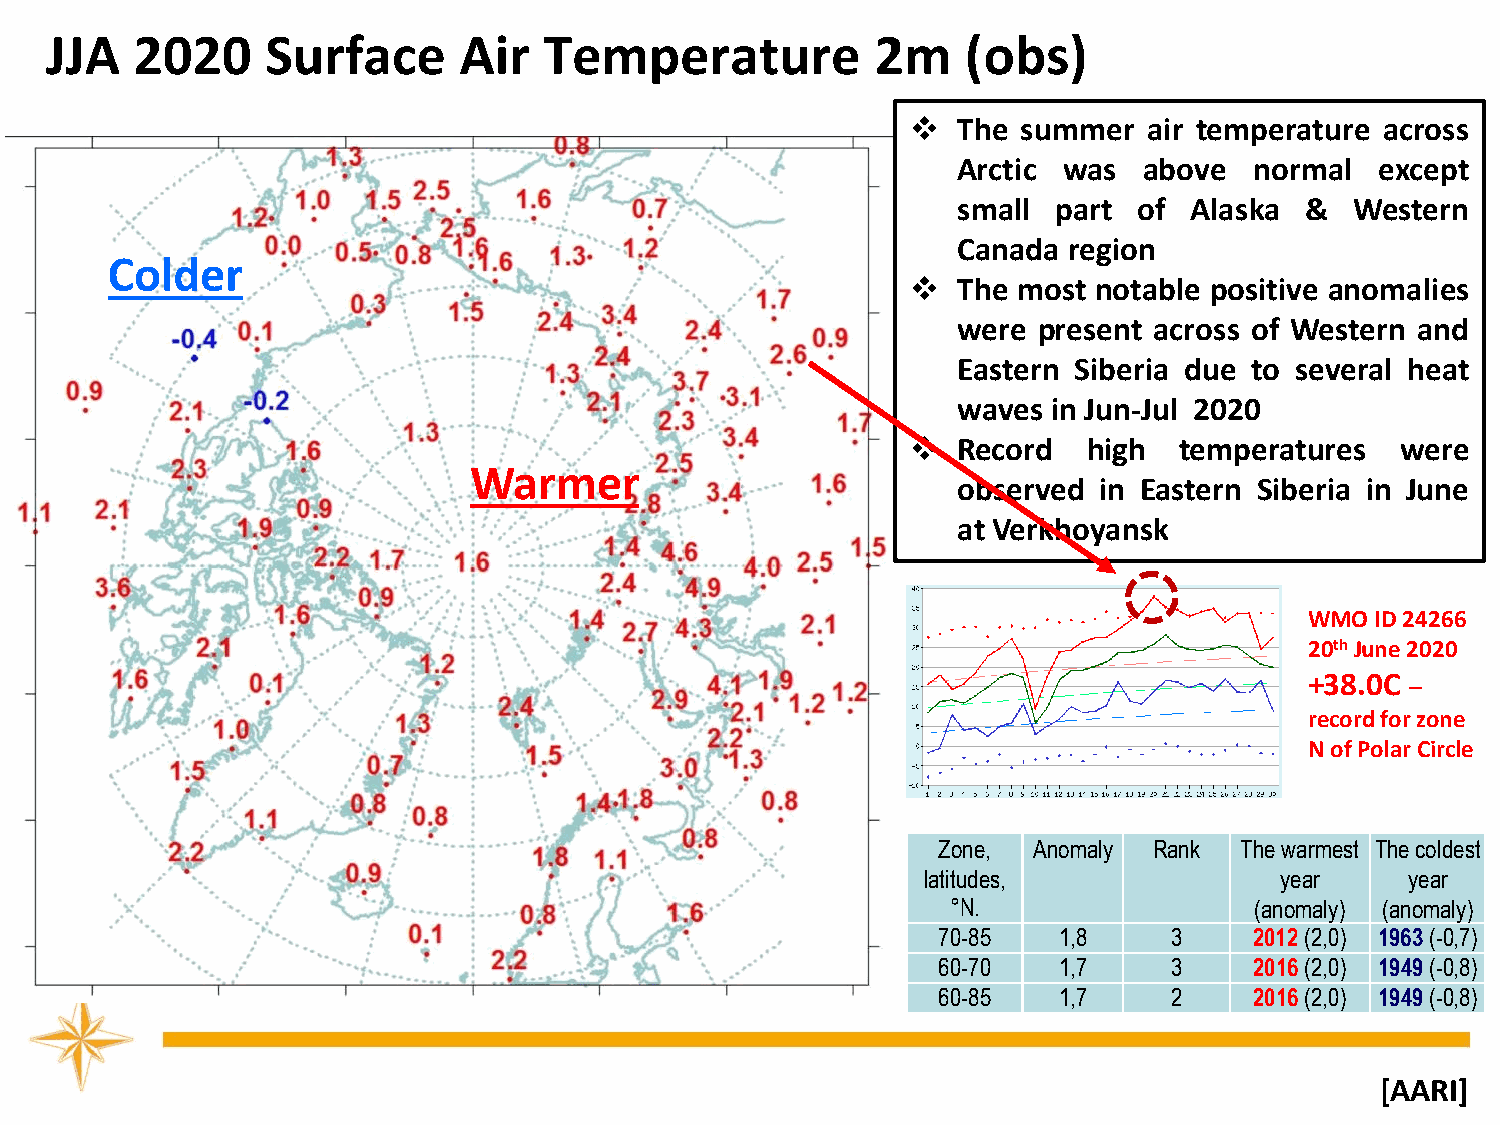
JJA   2020     Surface     Air   Temperature           2m    (obs)
 ❖  The  summer  air temperature across
 Arctic was   above  normal  except
 small  part of  Alaska &   Western
 Canada  region
 Colder
 ❖  The most notable positive anomalies
 were  present across of Western and
 Eastern Siberia due to several heat
 waves  in Jun-Jul 2020
 ❖  Record   high  temperatures   were
 Warmer
 observed  in Eastern Siberia in June
 at Verkhoyansk
 WMO ID 24266
 20thJune 2020
 +38.0C –
 record for zone
 N of Polar Circle
 Zone, Anomaly Rank  The warmest The coldest
 latitudes,              year    year
 °N.                 (anomaly) (anomaly)
 70-85   1,8     3    2012(2,0) 1963(-0,7)
 60-70   1,7     3    2016(2,0) 1949(-0,8)
 60-85   1,7     2    2016(2,0) 1949(-0,8)
 [AARI]